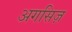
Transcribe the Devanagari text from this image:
अगसिज़